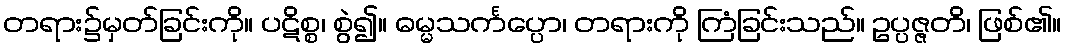
တရား၌မှတ်ခြင်းကို။ ပဋိစ္စ၊ စွဲ၍။ ဓမ္မသင်္ကပ္ပော၊ တရားကို ကြံခြင်းသည်။ ဥပ္ပဇ္ဇတိ၊ ဖြစ်၏။